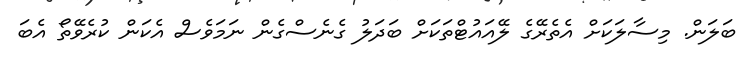
ބަލަން. މިސާލަކަށް އެތެރޭގެ ލޭއައުޓްތަކަށް ބަދަލު ގެނެސްގެން ނަމަވެސް އެކަން ކުރެވޭތޯ އެބަ